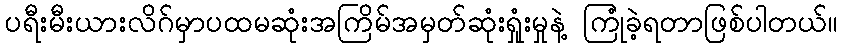
ပရီးမီးယားလိဂ်မှာပထမဆုံးအကြိမ်အမှတ်ဆုံးရှုံးမှုနဲ့ ကြုံခဲ့ရတာဖြစ်ပါတယ်။